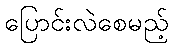
ပြောင်းလဲစေမည့်